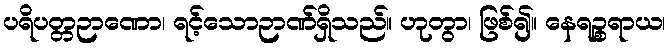
ပရိပတ္တဉာဏော၊ ရင့်သောဉာဏ်ရှိသည်။ ဟုတွာ၊ ဖြစ်၍။ နေရဉ္စရာယ၊